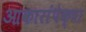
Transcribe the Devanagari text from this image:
आकारांपेक्षा